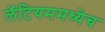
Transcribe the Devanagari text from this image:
लॅटियममध्येच